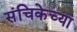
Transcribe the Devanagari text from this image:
संचिकेच्या